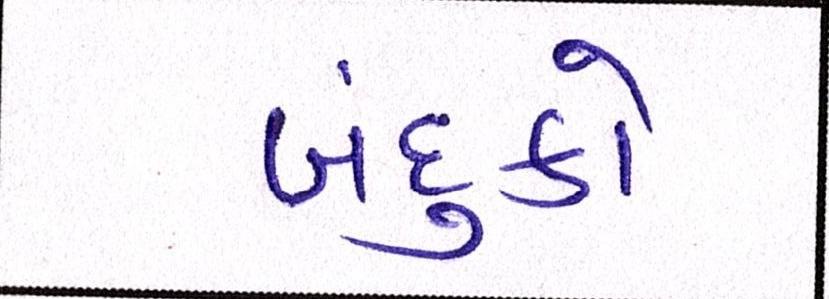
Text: બંદુકો